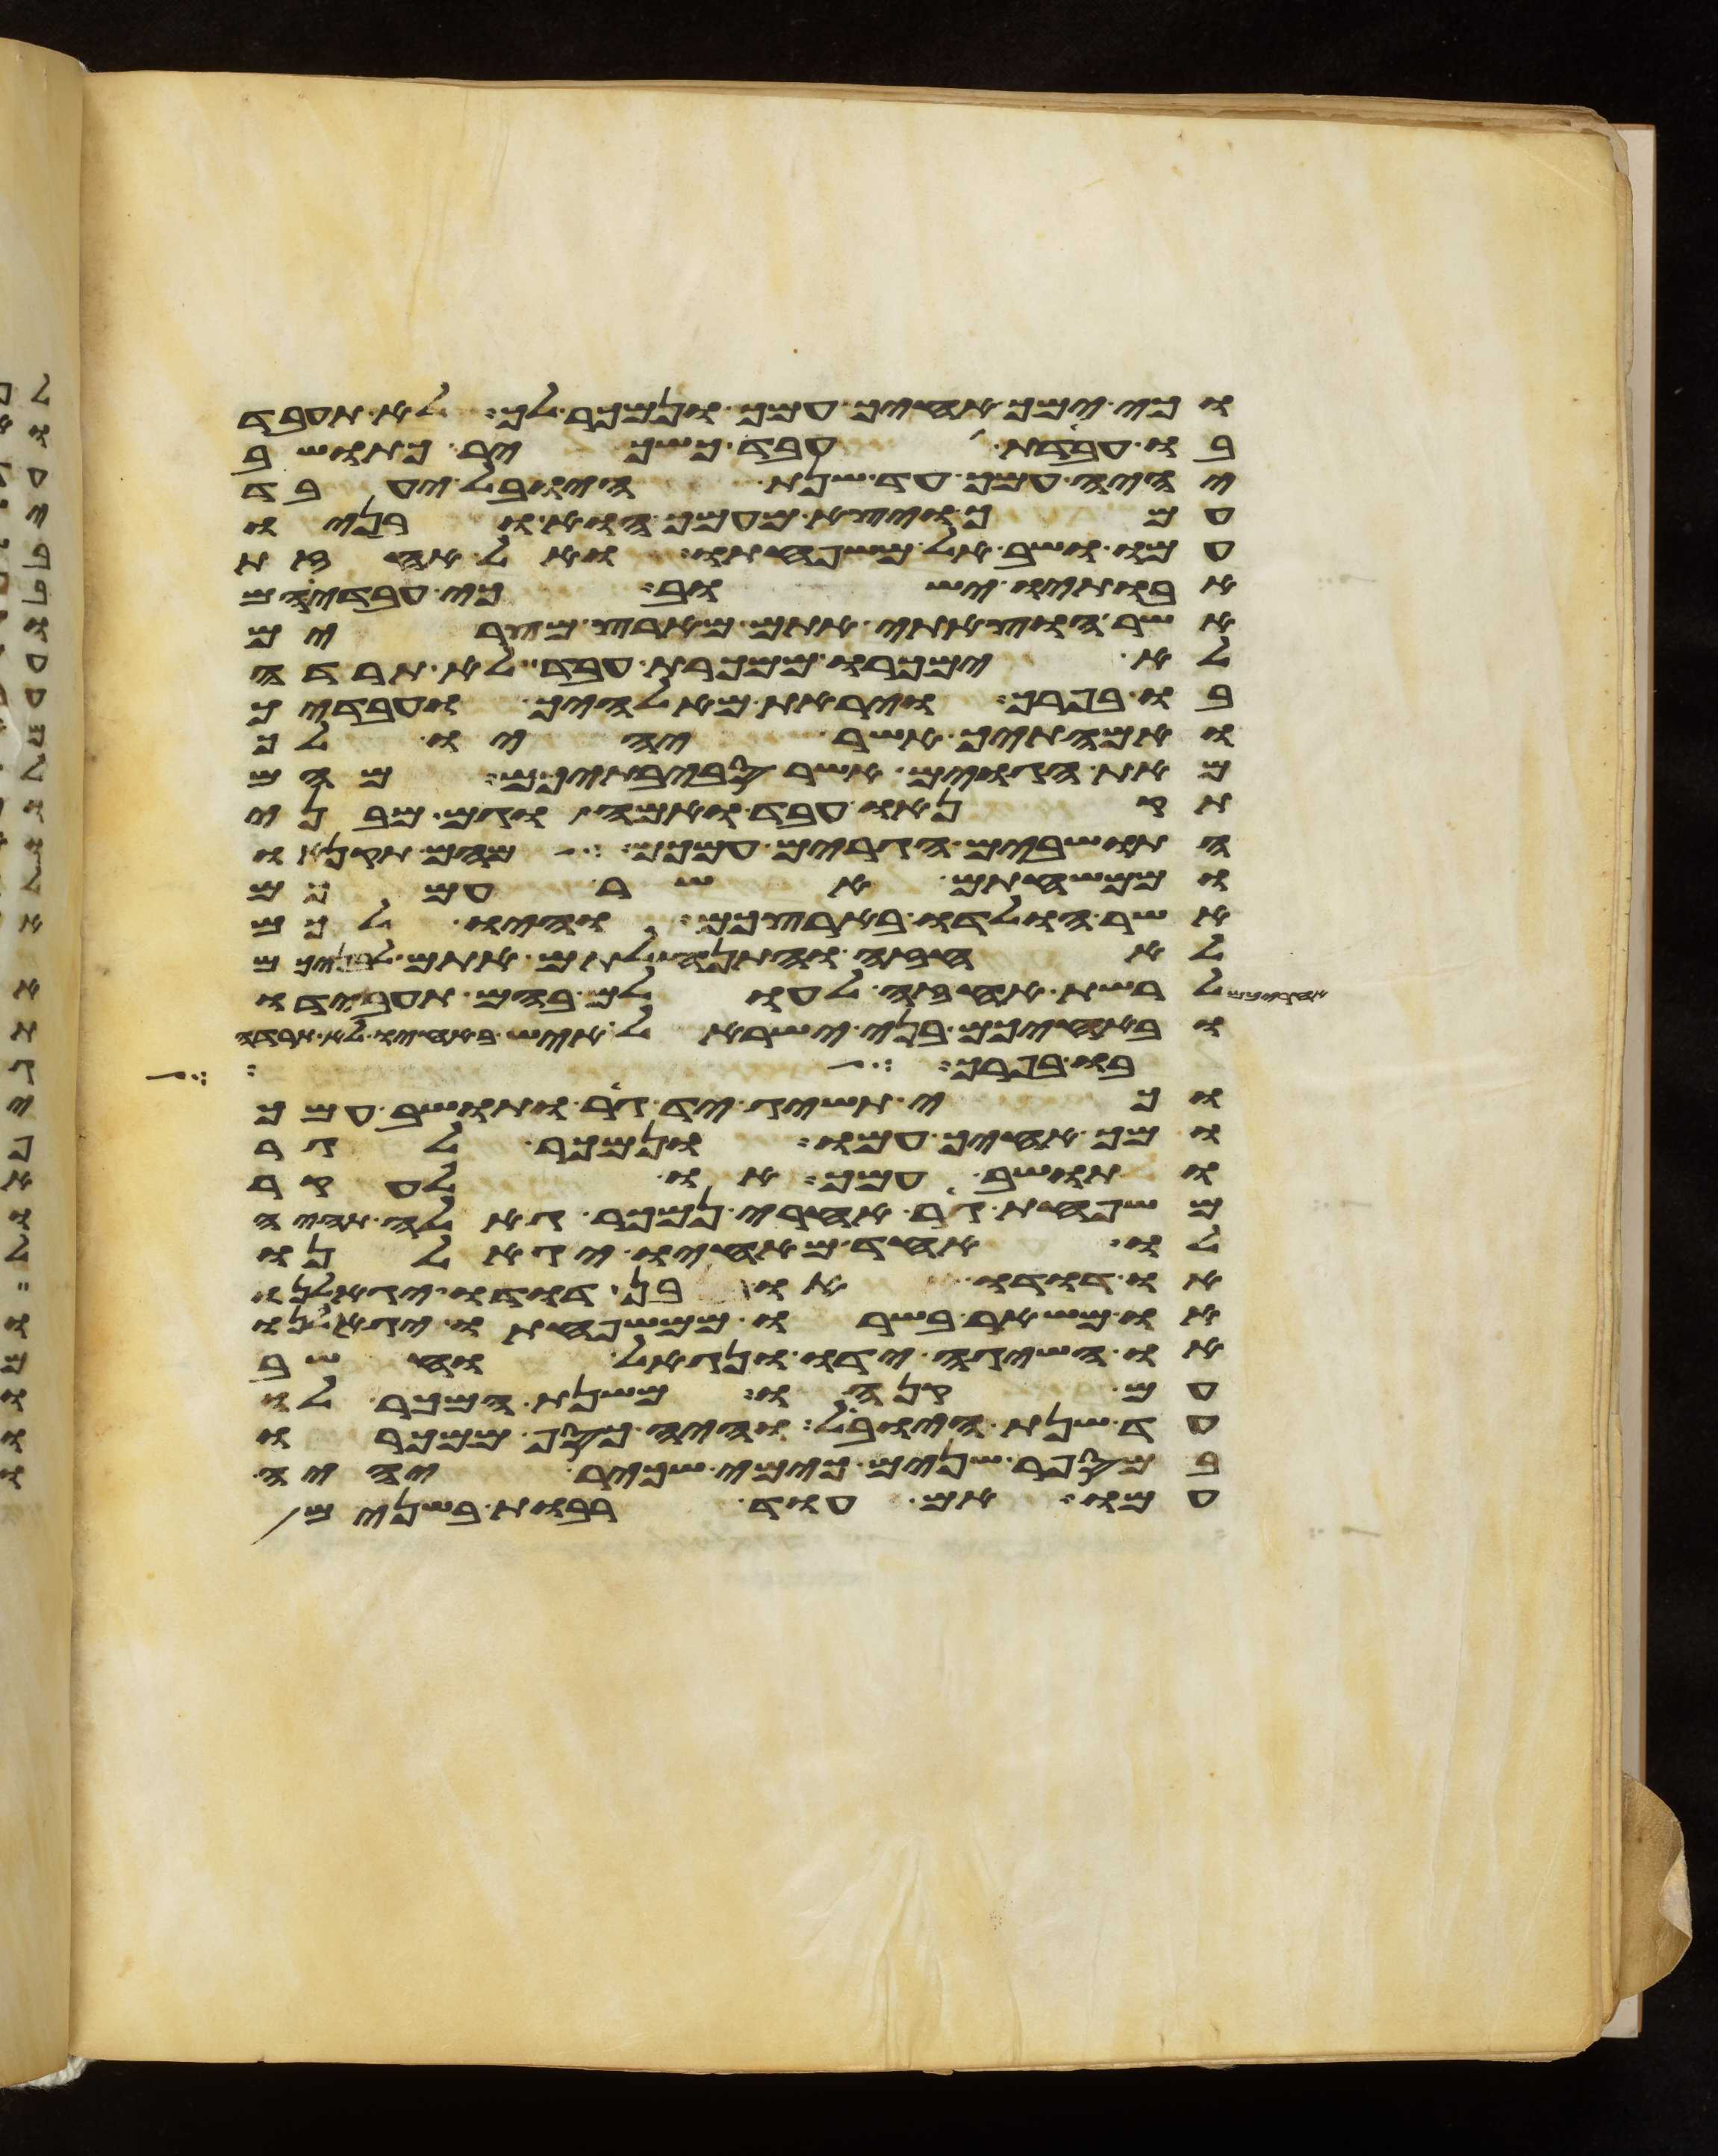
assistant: וכי ימך אחיך עמך ונמכר לך לא תעבד
בו עבדת עבד כשכיר כתושב
יהיה עמך עד שנת היובל יעבד
עמך ויצא מעמך הוא ובניו
עמו ושב אל משפחתו ואל אחזת
אבתיו ישוב כי עבדיהם
אשר הוצאתי אתם מארץ מצרים
לא ימכרו ממכרת עבד לא תרדה
בו בפרך ויראת מאלהיך ועבדיך
ואמתיך אשר יהיו לך
מאת הגוים אשר סביבתיכם מהם
תקנהו עבד ואמה וגם מבני
התושבים הגרים עמכם מהם תקנהו
וממשפחתם אשר עמכם
אשר הולדו בארצכם והיו לכם
לאחזה והתנחלתם אתם לבניכם
לרשת אחזה לעולם בהם תעבידו
ובאחיכם בני ישראל איש באחיו לא תרדה
בו בפרך
וכי תשיג יד גר ותושב עמך
ומך אחיך עמו ונמכר לגר
ותושב עמך או לעקר
משפחת גר אחרי נמכר גאלה תהיה
לו אחד מאחיו יגאלנו
או דדו או בן דדו יגאלנו
או משאר בשרו ממשפחתו יגאלנו
או השיגה ידו ונגאל וחשב
עם קנהו משנת המכר לו
עד שנת היובל והיה כסף ממכרו
במספר שנים כימי שכיר יהיה
עמו אם עוד רבות בשנים